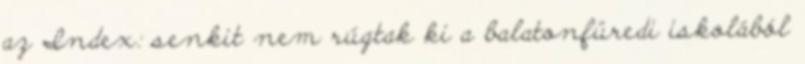
az Index: senkit nem rúgtak ki a balatonfüredi iskolából